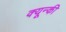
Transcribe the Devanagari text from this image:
क्यून्की